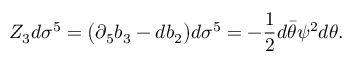
Z _ { 3 } d \sigma ^ { 5 } = \big ( \partial _ { 5 } b _ { 3 } - d b _ { 2 } \big ) d \sigma ^ { 5 } = - { \frac { 1 } { 2 } } d \bar { \theta } \psi ^ { 2 } d \theta .